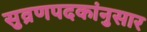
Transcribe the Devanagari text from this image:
सुव्रणपदकांनुसार